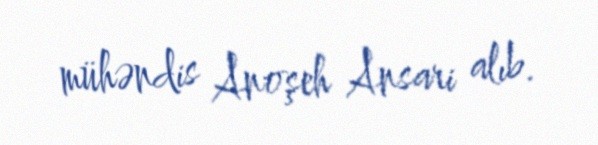
mühəndis Anoşeh Ansari alıb.